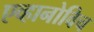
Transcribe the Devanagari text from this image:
एव्हानोविच